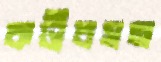
কটীবসন